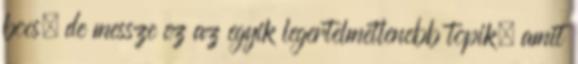
bocs, de messze ez az egyik legertelmetlenebb topik, amit